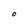
Character: O